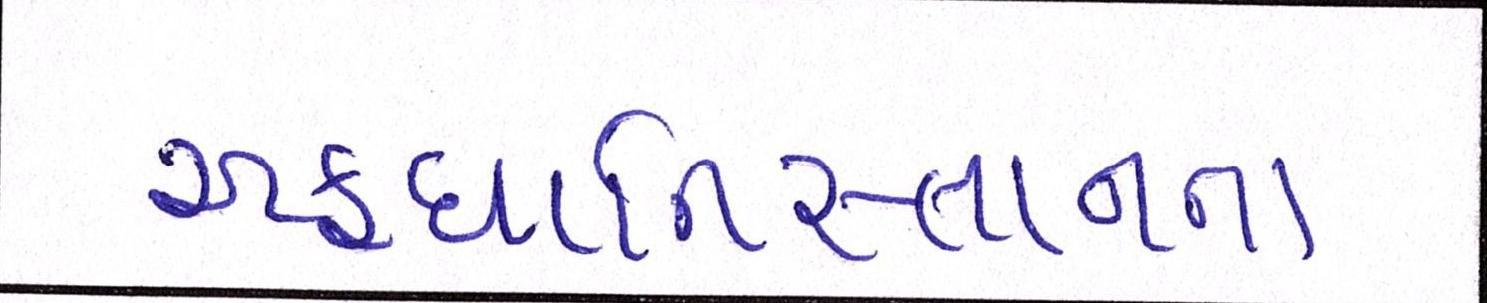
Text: અફઘાનિસ્તાનના